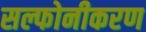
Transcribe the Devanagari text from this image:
सल्फोनीकरण